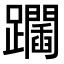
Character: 𨇧